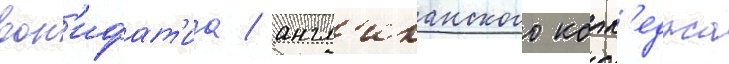
вон'ифат'иа / англ'иканского колл'еджа